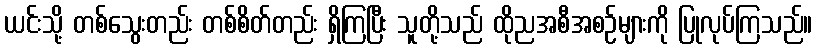
ယင်းသို့ တစ်သွေးတည်း တစ်စိတ်တည်း ရှိကြပြီး သူတို့သည် ထိုညအစီအစဉ်များကို ပြုလုပ်ကြသည်။